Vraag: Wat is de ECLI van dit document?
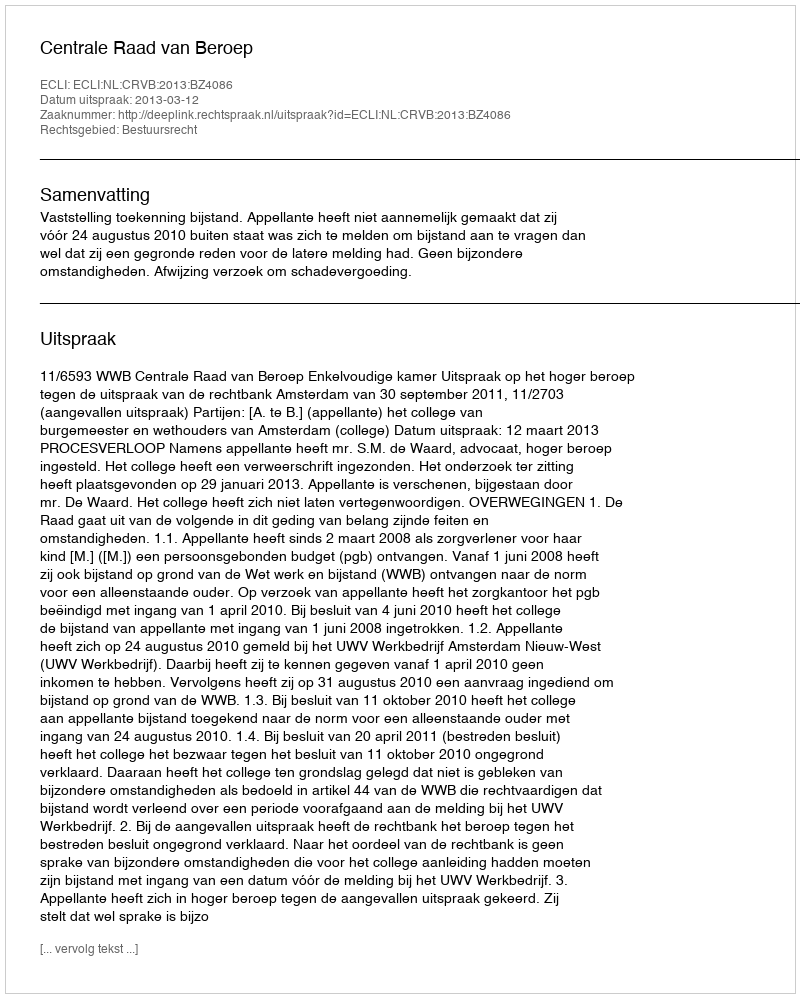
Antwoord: ECLI:NL:CRVB:2013:BZ4086